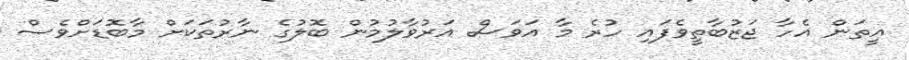
އީތަން އެހާ ޖަޒުބާތީވެފައި ހުރެ މާ އަވަސް އަރުވާލުމުން ބޮލުގެ ނާރުތަކަށް މާބޮޑަށްވެސް